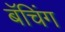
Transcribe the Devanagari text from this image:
बॅचिंग